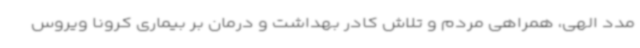
مدد الهی، همراهی مردم و تلاش کادر بهداشت و درمان بر بیماری کرونا ویروس